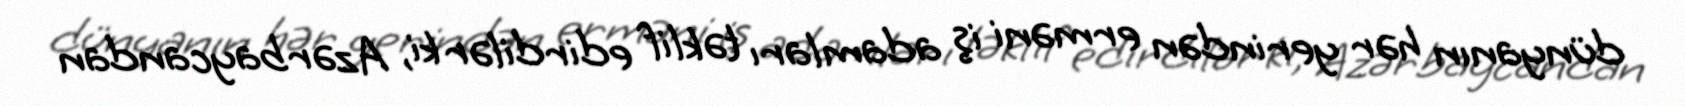
dünyanın hər yerindən erməni iş adamları təklif edirdilər ki, Azərbaycandan